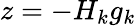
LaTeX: z=-H_{k}g_{k}